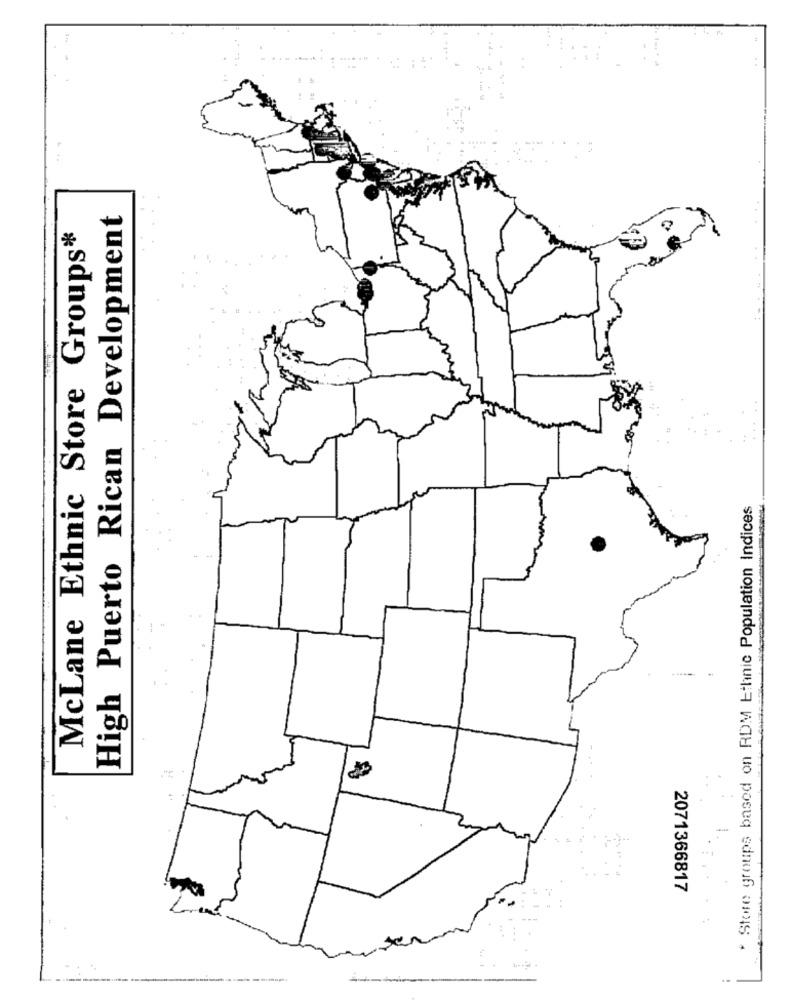
the
High Puerto Rican Development
McLane Ethnic Store Groups*
* Store groups based on RDM Ethnic Population Indices
2071366817
--